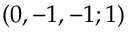
( 0 , - 1 , - 1 ; 1 )